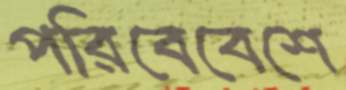
পরিবেবেশে